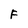
Character: F